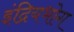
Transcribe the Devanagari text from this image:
इंद्रियभोग